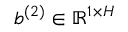
b ^ { ( 2 ) } \in \mathbb { R } ^ { 1 \times H }